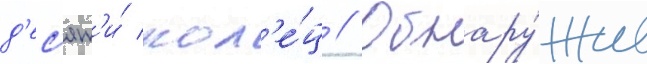
д'ес'ят'и́ кол'е́ц // Обнару́жив